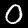
Digit: 0